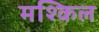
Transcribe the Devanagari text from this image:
मश्किल